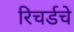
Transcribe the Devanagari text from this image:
रिचर्डचे